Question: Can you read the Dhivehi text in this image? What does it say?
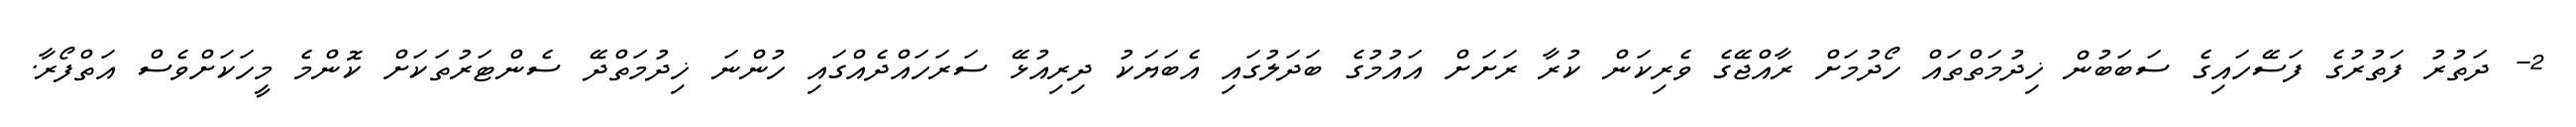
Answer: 2- ދަތުރު ފަތުރުގެ ފަސޭހައިގެ ސަބަބުން ޚިދުމަތްތައް ހޯދުމަށް ރާއްޖޭގެ ވެރިކަން ކުރާ ރަށަށް އައުމުގެ ބަދަލުގައި އެބަޔަކު ދިރިއުޅޭ ސަރަހައްދެއްގައި ހުންނަ ޚިދުމަތްދޭ ސެންޓަރުތަކަށް ކޮންމެ މީހަކަށްވެސް އަތްފޯރާ.